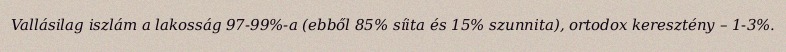
Vallásilag iszlám a lakosság 97-99%-a (ebből 85% síita és 15% szunnita), ortodox keresztény – 1-3%.